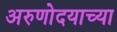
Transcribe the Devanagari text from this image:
अरुणोदयाच्या